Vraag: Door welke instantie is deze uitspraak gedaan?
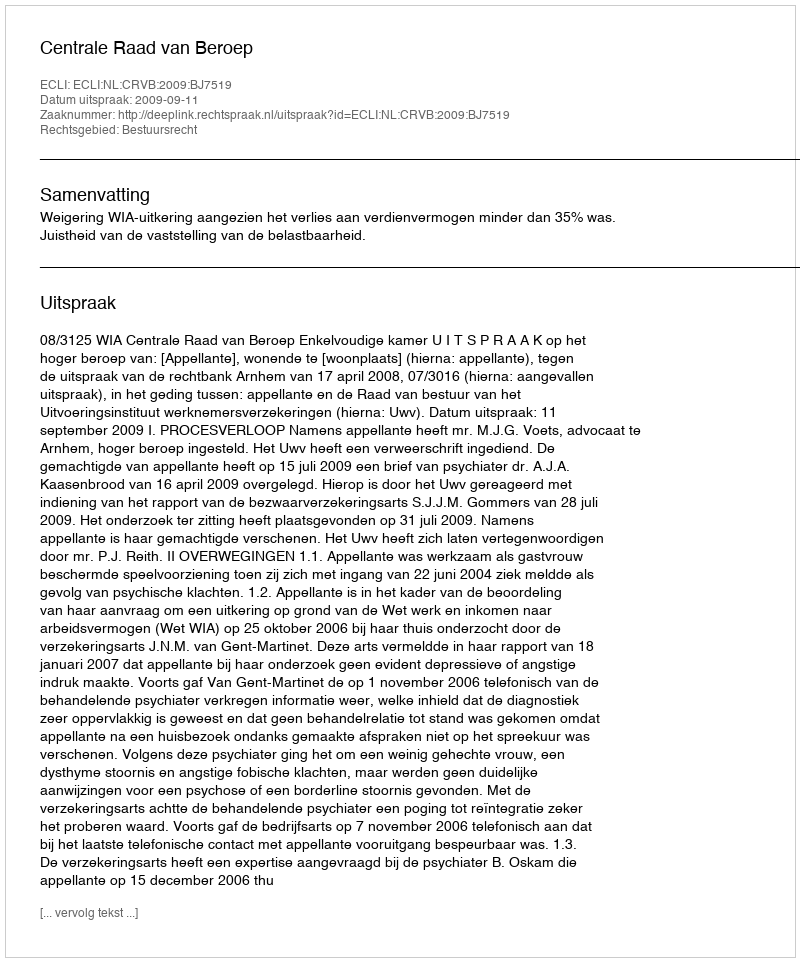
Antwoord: Centrale Raad van Beroep